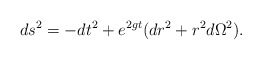
\begin{align*}ds^2=-dt^2+e^{2gt}(dr^2+r^2d\Omega^2). \end{align*}